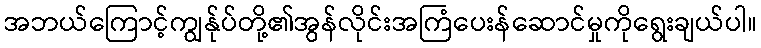
အဘယ်ကြောင့်ကျွန်ုပ်တို့၏အွန်လိုင်းအကြံပေးန်ဆောင်မှုကိုရွေးချယ်ပါ။